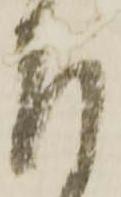
左